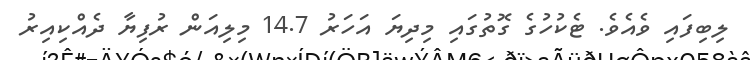
ލިބިފައި ވެއެވެ. ޓެކުހުގެ ގޮތުގައި މިދިޔަ އަހަރު 14.7 މިލިއަން ރުފިޔާ ދެއްކިއިރު